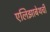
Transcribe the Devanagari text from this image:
एलिझाबेथची